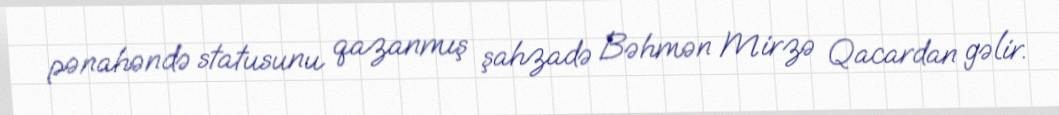
pənahəndə statusunu qazanmış şahzadə Bəhmən Mirzə Qacardan gəlir.